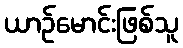
ယာဉ်မောင်းဖြစ်သူ